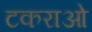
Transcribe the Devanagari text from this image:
टकराओ